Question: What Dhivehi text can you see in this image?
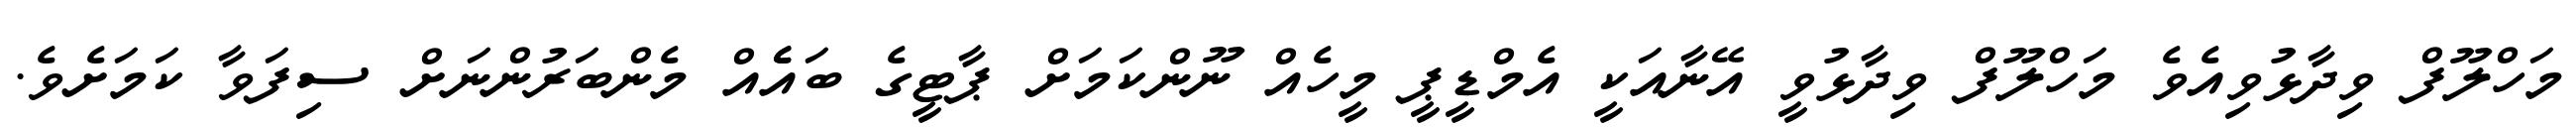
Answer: މަހްލޫފް ވިދާޅުވިއެވެ މަހްލޫފް ވިދާޅުވީ އޭނާއަކީ އެމްޑީޕީ މީހެއް ނޫންކަމަށް ޕާޓީގެ ބައެެއް މެންބަރުންނަށް ސިފަވާ ކަމަށެވެ.